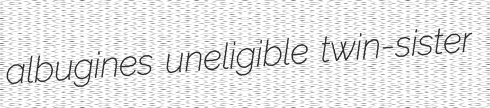
albugines uneligible twin-sister